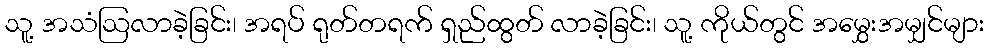
သူ့ အသံဩလာခဲ့ခြင်း၊ အရပ် ရုတ်တရက် ရှည်ထွတ် လာခဲ့ခြင်း၊ သူ့ ကိုယ်တွင် အမွှေးအမျှင်များ